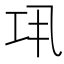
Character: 𢀜